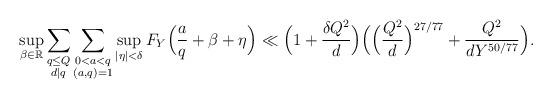
LaTeX: \begin{align*}\sup_{\beta\in\mathbb{R}}\sum_{\substack{q\le Q\\ d|q}}\sum_{\substack{0<a<q\\ (a,q)=1}}\sup_{|\eta|<\delta}F_{Y}\Bigl(\frac{a}{q}+\beta+\eta\Bigr)&\ll \Bigl(1+\frac{\delta Q^2}{d}\Bigr) \Bigl(\Bigl(\frac{Q^2}{d}\Bigr)^{27/77}+\frac{Q^2}{d Y^{50/77}}\Bigr).\end{align*}